Lunatic asylums in Bengal annual reports 1899-1911 - 1899-1911
Year: 1899
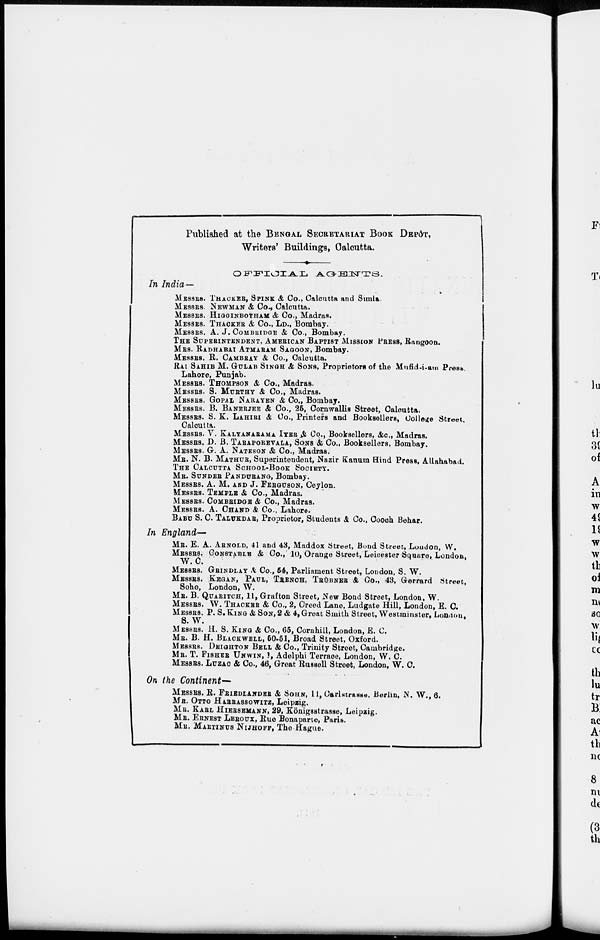
Published at the BENGAL SECRETARIAT BOOK DEPÔT,
Writers' Buildings, Calcutta.
OFFICIAL
AGENTS.
In India—
MESSRS. THACKER, SPINK & Co., Calcutta and Simla.
MESSRS. NEWMAN & Co., Calcutta.
MESSRS. HIGGINBOTHAM & Co., Madras.
MESSRS. THACKER & Co., L. D., Bombay.
MESSRS. A. J. COMBRIDGE& Co., Bombay.
THE SUPERINTENDENT, AMERICAN BAPTIST MISSION PRESS, RANGOON.
RADHABAI ATMARAM SAGOON, Bombay.
MESSRS. R. CAMBRAY & Co., Calcutta.
RAI SAHIB M. GULAB SINGH & SONS, Proprietors of the Mufid-i-am Press.
Lahore, Punjab.
MESSRS. THOMPSON & Co., Madras.
MESSRS. S. MURTHY & Co., Madras.
MESSRS. GOPAL NARAYEN & Co., Bombay.
MESSRS. B.BANERJEE & Co., 25, Cornwallis Street, Calcutta.
MESSRS. S. K. LAHIRI & Co., Printers and Booksellers, College Street,
Calcutta.
MESSRS. V. KALYANARAMA IYER & Co., Booksellers, &c., Madras.
MESSRS. D. B. TARAPOREVALA, SONS & Co., Booksellers, Bombay.
MESSRS. G. A.NATESON & Co., Madras.
MB. N. B. MATHUR,Superintendent, Nazir kanum Hind Press, Allahabad.
THE CALCUTTA SCHOOL-BOOK SOCIETY.
MR. SUNDER PANDURANG, BOMBAY.
MESSRS. A. M. AND J. FERGUSON,Ceylon.
MESSRS. TEMPLE & Co., Madras.
MESSRS. COMBRIDGE & Co., Madras.
MESSRS. A. CHAND & Co., Lahore.
BABU S. C. TALUKDAR, Proprietor, Students & Co., Cooch Behar.
In England—
MB. E. A. ARNOLD, 41 and 43, Maddox Street, Bond Street, Loudon, W.
MESSRS. CCONSTABLE & Co., 10, Orange Street, Leicester Square, London,
W. C.
MESSRS.GRINDLAY & Co., 64, Parliament Street, London, S. W.
MESSRS. KEGAN, PAUL, TRENCH, TRÜBNER & Co., 43, Gerrard Street,
Soho, London, W.
MR. B. QUARITCH 11, Grafton Street, New Bond Street, London, W.
MESSRS. W. THACKER & Co., 2, Creed Lane, Ludgate Hill, London, E. C.
MESSRS. P. S.KING & SON, 2 & 4,Great Smith Street, Westminster, London.
S. W.
MESSRS. H. S.KING & Co., 65, Cornhill, London, E. C.
MR. B. H.BLACKWELL50-51, Broad Street, Oxford.
MESSRS. DEIGHTON BELL & Co., Trinity Street, Cambridge.
MR. T. FISHER UNWIN, 1, Adelphi Terrace, London, W. C.
MESSRS. LUZAK & Co., 46, Great Russell Street, London, W. C.
On the Continent—
MESSRS. R.FRIEDLANDER & SOHN, 11, Carlstrasse, Berlin, N. W., 6.
MR. OTTO HARRASSOWITZ, Leipzig.
MR. KARL HIERSEMANN, 29, Königsstrasse, Leipzig.
MR. ERNEST LEROUX, Rue Bonaparte, Paris.
MR. MARTINUS NIJHOFF, The Hague.